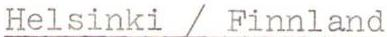
Helsinki / Finnland